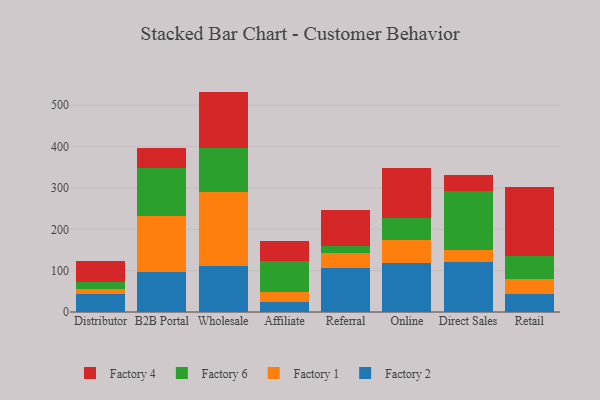
{"axis": {"x": "Channel", "y": "Conversion Rate (%)"}, "legend": ["Factory 1", "Factory 2", "Factory 4", "Factory 6"], "data": [{"x": "Distributor", "y": 43.2, "type": "Factory 2"}, {"x": "Distributor", "y": 11.6, "type": "Factory 1"}, {"x": "Distributor", "y": 17.5, "type": "Factory 6"}, {"x": "Distributor", "y": 50.2, "type": "Factory 4"}, {"x": "B2B Portal", "y": 97.6, "type": "Factory 2"}, {"x": "B2B Portal", "y": 135.4, "type": "Factory 1"}, {"x": "B2B Portal", "y": 115.5, "type": "Factory 6"}, {"x": "B2B Portal", "y": 48.4, "type": "Factory 4"}, {"x": "Wholesale", "y": 111.5, "type": "Factory 2"}, {"x": "Wholesale", "y": 178.7, "type": "Factory 1"}, {"x": "Wholesale", "y": 106.6, "type": "Factory 6"}, {"x": "Wholesale", "y": 136.2, "type": "Factory 4"}, {"x": "Affiliate", "y": 23.2, "type": "Factory 2"}, {"x": "Affiliate", "y": 24.7, "type": "Factory 1"}, {"x": "Affiliate", "y": 76.6, "type": "Factory 6"}, {"x": "Affiliate", "y": 46.2, "type": "Factory 4"}, {"x": "Referral", "y": 106.7, "type": "Factory 2"}, {"x": "Referral", "y": 37.0, "type": "Factory 1"}, {"x": "Referral", "y": 16.2, "type": "Factory 6"}, {"x": "Referral", "y": 87.3, "type": "Factory 4"}, {"x": "Online", "y": 118.9, "type": "Factory 2"}, {"x": "Online", "y": 54.6, "type": "Factory 1"}, {"x": "Online", "y": 52.8, "type": "Factory 6"}, {"x": "Online", "y": 122.4, "type": "Factory 4"}, {"x": "Direct Sales", "y": 121.5, "type": "Factory 2"}, {"x": "Direct Sales", "y": 29.4, "type": "Factory 1"}, {"x": "Direct Sales", "y": 142.5, "type": "Factory 6"}, {"x": "Direct Sales", "y": 37.5, "type": "Factory 4"}, {"x": "Retail", "y": 44.6, "type": "Factory 2"}, {"x": "Retail", "y": 35.2, "type": "Factory 1"}, {"x": "Retail", "y": 54.6, "type": "Factory 6"}, {"x": "Retail", "y": 168.8, "type": "Factory 4"}]}